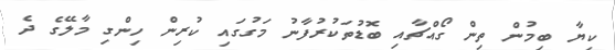
ކިޔާ ބިމުން ތިން ގޯއްޗާއި ބޮޑުތަކުރުފާނު މަގުގައި ކުރިން ހިންގި މާލޭގެ ދެ